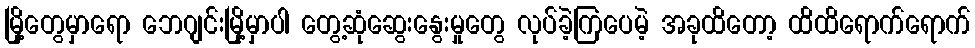
မြို့တွေမှာရော ဘေဂျင်းမြို့မှာပါ တွေ့ဆုံဆွေးနွေးမှုတွေ လုပ်ခဲ့ကြပေမဲ့ အခုထိတော့ ထိထိရောက်ရောက်